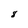
Character: 8